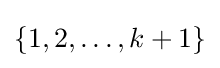
\{1,2,\ldots ,k+1\}